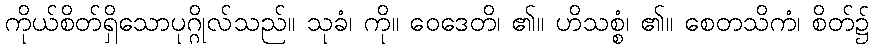
ကိုယ်စိတ်ရှိသောပုဂ္ဂိုလ်သည်။ သုခံ၊ ကို။ ဝေဒေတိ၊ ၏။ ဟိသစ္စံ၊ ၏။ စေတသိကံ၊ စိတ်၌